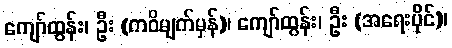
ကျော်ထွန်း၊ ဦး (ကဝိမျက်မှန်)၊ ကျော်ထွန်း၊ ဦး (အရေးပိုင်)၊